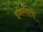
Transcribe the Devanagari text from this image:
इनगीतों